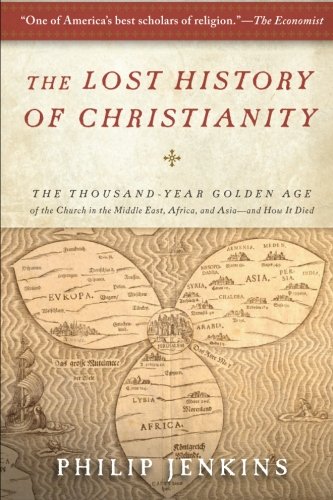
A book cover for The Lost History of Christianity: The Thousand-Year Golden Age of the Church in the Middle East, Africa, and Asia--and How It Died; Philip Jenkins; History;